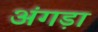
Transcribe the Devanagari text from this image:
अंगड़ा